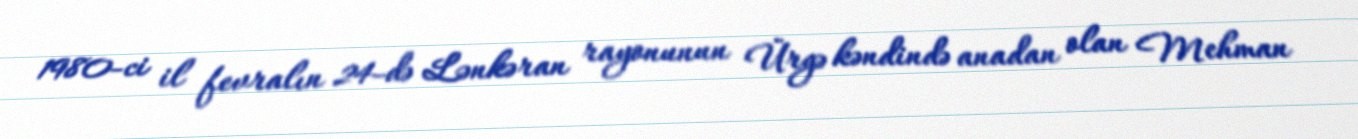
1980-ci il fevralın 24-də Lənkəran rayonunun Ürgə kəndində anadan olan Mehman